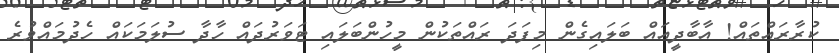
ކުރާރައްތައް! އާބާދީއައް ބަލައިގެން މިފަދަ ރައްތަކުން މީހުންބަލައި ޓަވަރުދައް ހާދާ ސުލަމަކައް ހެދުމައްވުރެ